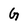
Character: G